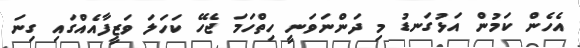
އެހެން ކަމުން އަޅުގަނޑު މި ދަންނަވަނީ ހިތްހަމަ ޖެހޭ ކަހަލަ ވަޒީފާއެއްގައި ގިނަ